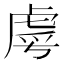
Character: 𮓣